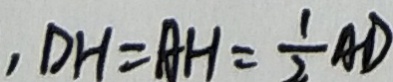
, D H = A H = \frac { 1 } { 2 } A D